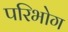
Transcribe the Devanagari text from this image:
परिभोग